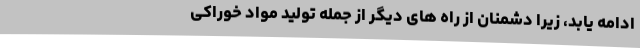
ادامه یابد، زیرا دشمنان از راه های دیگر از جمله تولید مواد خوراکی